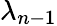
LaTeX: \lambda_{n-1}